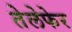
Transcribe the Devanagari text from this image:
तेलेफेर